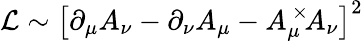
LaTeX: {\cal L}\sim\left[\partial_{\mu}A_{\nu}-\partial_{\nu}A_{\mu}-A_{\mu}^{\, \times}\! A_{\nu}\right]^{2}